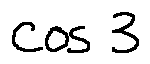
\cos 3